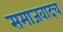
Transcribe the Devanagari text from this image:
समाजवादच